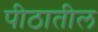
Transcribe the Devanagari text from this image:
पीठातील